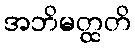
အဘိမတ္ထတိ